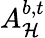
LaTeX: A_{\mathcal{H}}^{b,t}